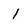
Character: 1